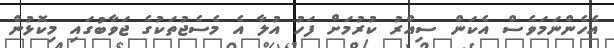
އެހެންނަމަވެސް އެކަން ސިއްރު ކުރުމަށް ފަހު އުލާ އެ މެސެޖުތަކުގެ ޖަވާބުގައި މިކޮޅުން